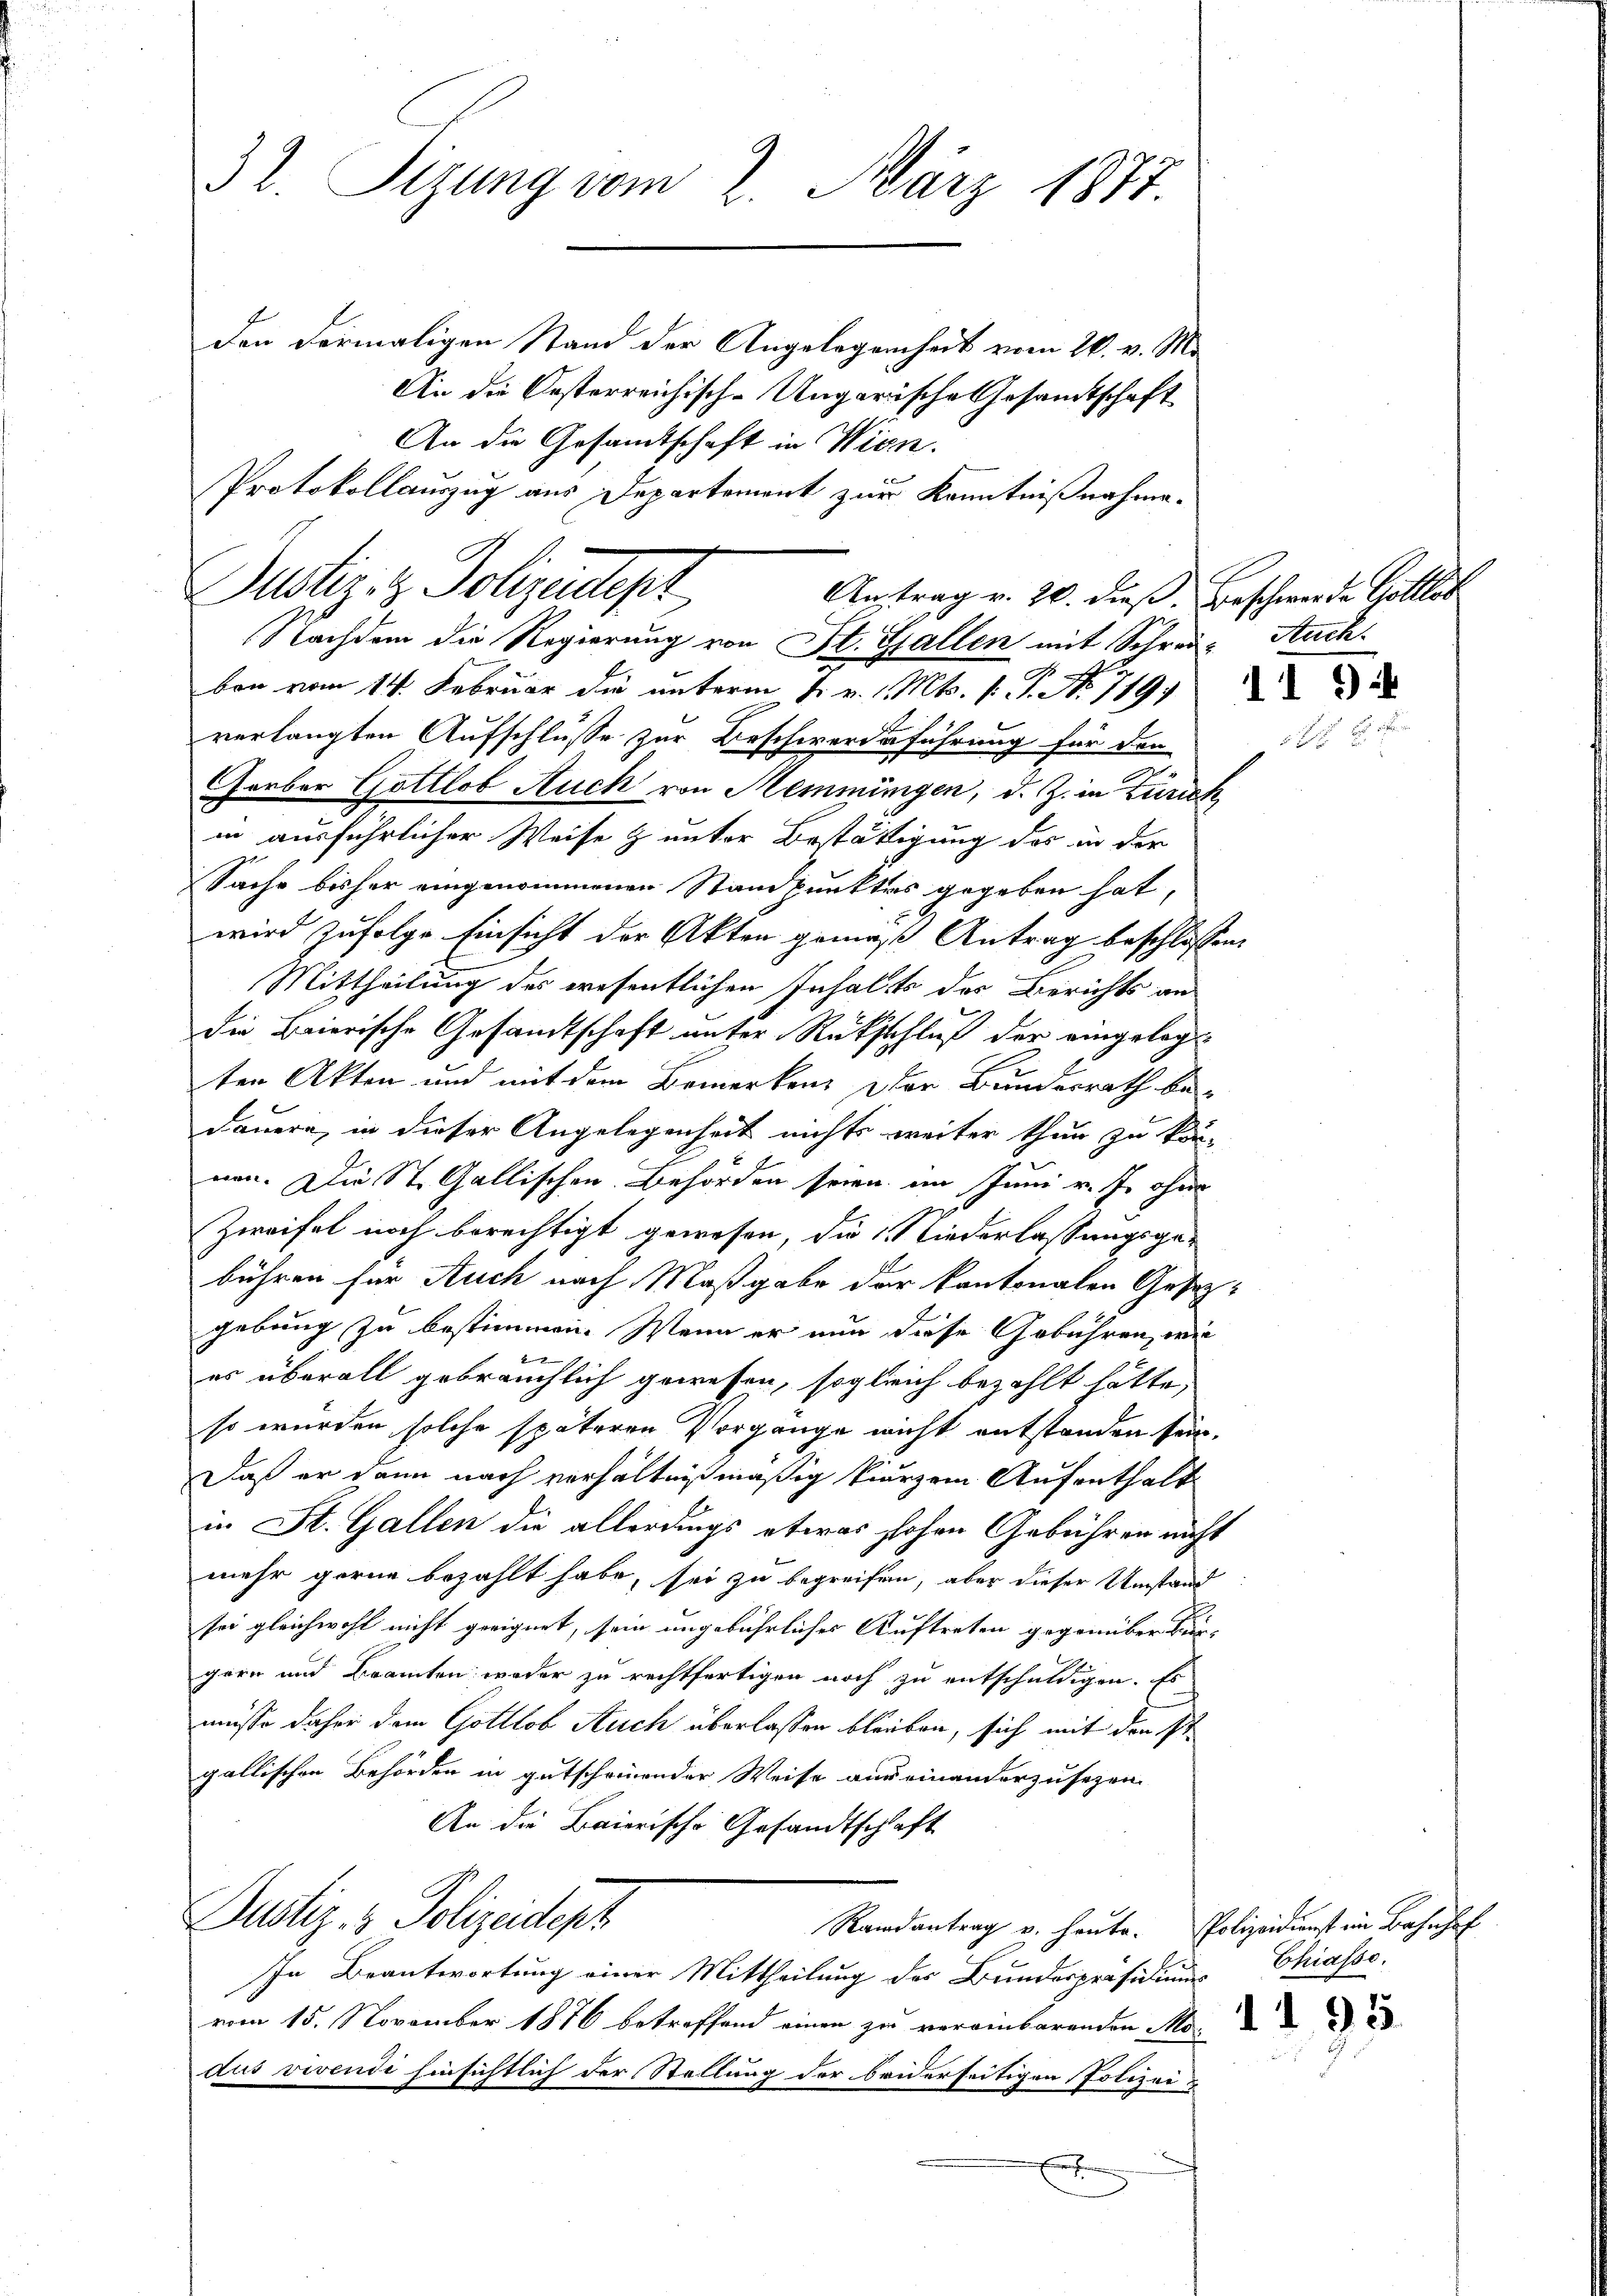
32 Sizung vom 2. März 1877.

Den dermaligen Stand der Angelegenheit vom 26. v. M.
An die Oesterreichische Ungarische Gesamtschaft
Auftrag v. 20. dieß. Beschwerde Golllet
x

ben vom 14. Februar die unterm 1. v. 1. Mts. s. G. No 1191
verlangten Aufschlüsse zur Beschwerdeführung für den
Forber Gottlob Auch von Hemmungen, d. Z. in Züries
in ausführlicher Weise & unter Bestättigung des in der
Sache bisher eingenommenen Standpunktes gegeben hat,
wird zufolge Einsicht der Akten gemäß Antrag beschloss
Mittheilung des wesentlichen Inhalts des Berichts an
die Baierische Gesamtschaft unter Rückschluß der eingelegt
ten Akten und mit dem Bemerken, der Bundesrath be-
dauern, in dieser Angelegenheit nichts weiter thun zu kön-
nen. Die St. Gallischen Behörden seien im Juni v. J. ohne
Zweifel noch berechtigt gewesen, die Niederlassungsgebühren für Auch nach Maßgabe der kantonalen Gesetz
gebung zu bestimmen. Wenn er nun diese Gebühren, wie
g
es überall gebräuchlich gewesen, sogleich bezahlt hätte,
so wurden solche späteren Vorgänge nicht entstanden sein.
Daß er dann nach verhältnißmäßig kurzem Aufenthalt
in St. Gallen die allerdings etwas hohen Gebühren nicht
mehr gerne bezahlt habe, sei zu begreifen, aber dieser Umstand
sei gleichwohl nicht geeignet, sein ungebührliches Auftreten gegenüber kurgern und Beamten weder zu rechtfertigen noch zu entschuldigen. Es
müsse daher dem Gottlob Auch überlassen bleiben, sich mit den St
gallischen Behörden in gutscheinender Weise aus einanderzusetzen.
An die Baierische Gesandtschaft
Dustiz- & Polizeidept
Randantrag u. heute. Polizeidienst im Bahnhof
In Beantwortung einer Mittheilung des Bunderpräsidiums Chiasse.
vom 15. November 1886 betreffend einen zu vereinbarenden Mo
dus vivendi hinsichtlich der Stellung der beiderseitigen Polizei¬
E

An die Gesandtschaft in Wien.
Protokollauszug aus Departement zur Kenntnißnahme.
Justiz- & Polizeitigt
Nachdem die Regierung von St. Gallen mit Schrei¬

Auch

.
7